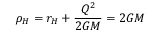
\rho _ { H } = r _ { H } + \frac { Q ^ { 2 } } { 2 G M } = 2 G M